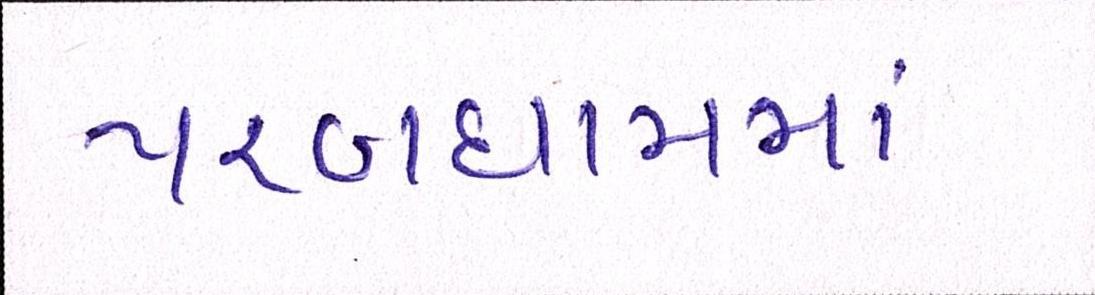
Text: પરબધામમાં